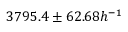
3 7 9 5 . 4 \pm 6 2 . 6 8 h ^ { - 1 }